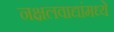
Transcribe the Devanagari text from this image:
नक्षलवाद्यांमध्ये